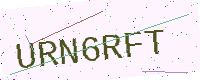
Text: URN6RFT